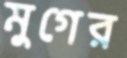
মুগের